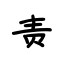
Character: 责